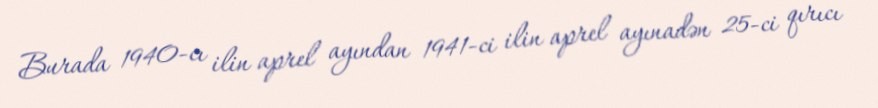
Burada 1940-cı ilin aprel ayından 1941-ci ilin aprel ayınadən 25-ci qırıcı